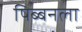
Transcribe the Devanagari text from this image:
षिब्बनला